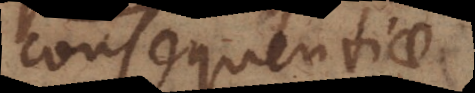
consequentiae.